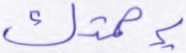
برحمتك